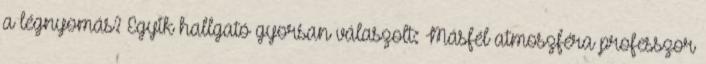
a légnyomás? Egyik hallgató gyorsan válaszolt: Másfél atmoszféra professzor